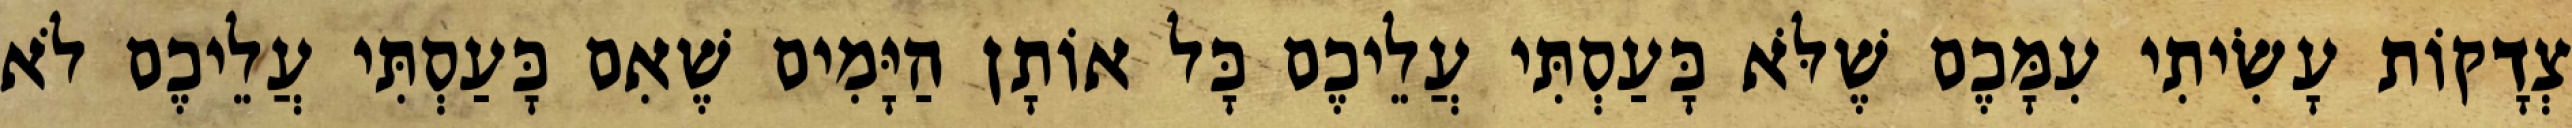
צְדָקוֹת עָשִׂיתִי עִמָּכֶם שֶׁלֹּא כָּעַסְתִּי עֲלֵיכֶם כָּל אוֹתָן הַיָּמִים שֶׁאִם כָּעַסְתִּי עֲלֵיכֶם לֹא